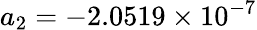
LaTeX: a_{2}=-2.0519\times 10^{-7}